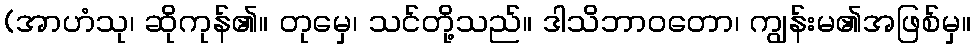
(အာဟံသု၊ ဆိုကုန်၏။ တုမှေ၊ သင်တို့သည်။ ဒါသိဘာဝတော၊ ကျွန်းမ၏အဖြစ်မှ။